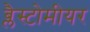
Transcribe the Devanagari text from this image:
ब्लैस्टोमीयर